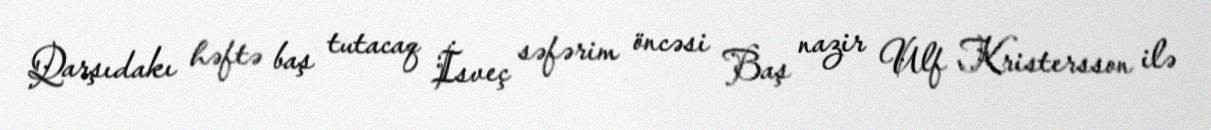
Qarşıdakı həftə baş tutacaq İsveç səfərim öncəsi Baş nazir Ulf Kristersson ilə